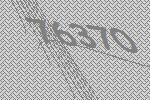
76370